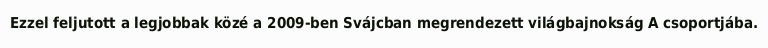
Ezzel feljutott a legjobbak közé a 2009-ben Svájcban megrendezett világbajnokság A csoportjába.